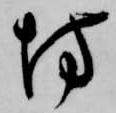
坊